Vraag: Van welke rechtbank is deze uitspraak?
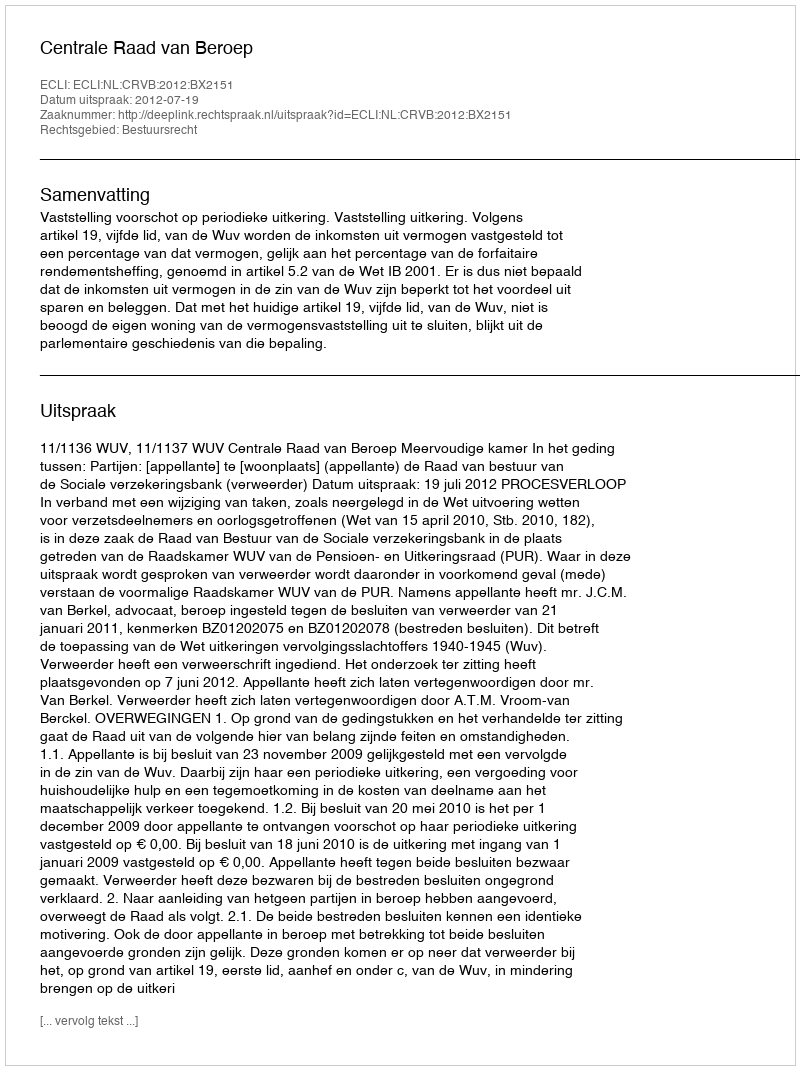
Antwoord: Centrale Raad van Beroep